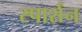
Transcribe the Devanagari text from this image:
स्पार्शन